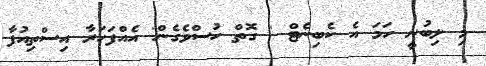
މި ލިބުނީ ހަމަ އެ ކެބިނެޓް ' ގޮތް ހުސްވެގެން' އެއްފަހަރާ އިސްތިއުފާ